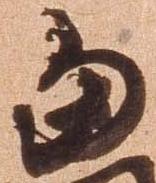
当